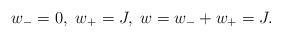
LaTeX: \begin{align*}w_-=0, \ w_+=J, \ w=w_-+w_+=J.\end{align*}